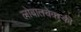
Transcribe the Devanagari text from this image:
लोबातचेवस्की